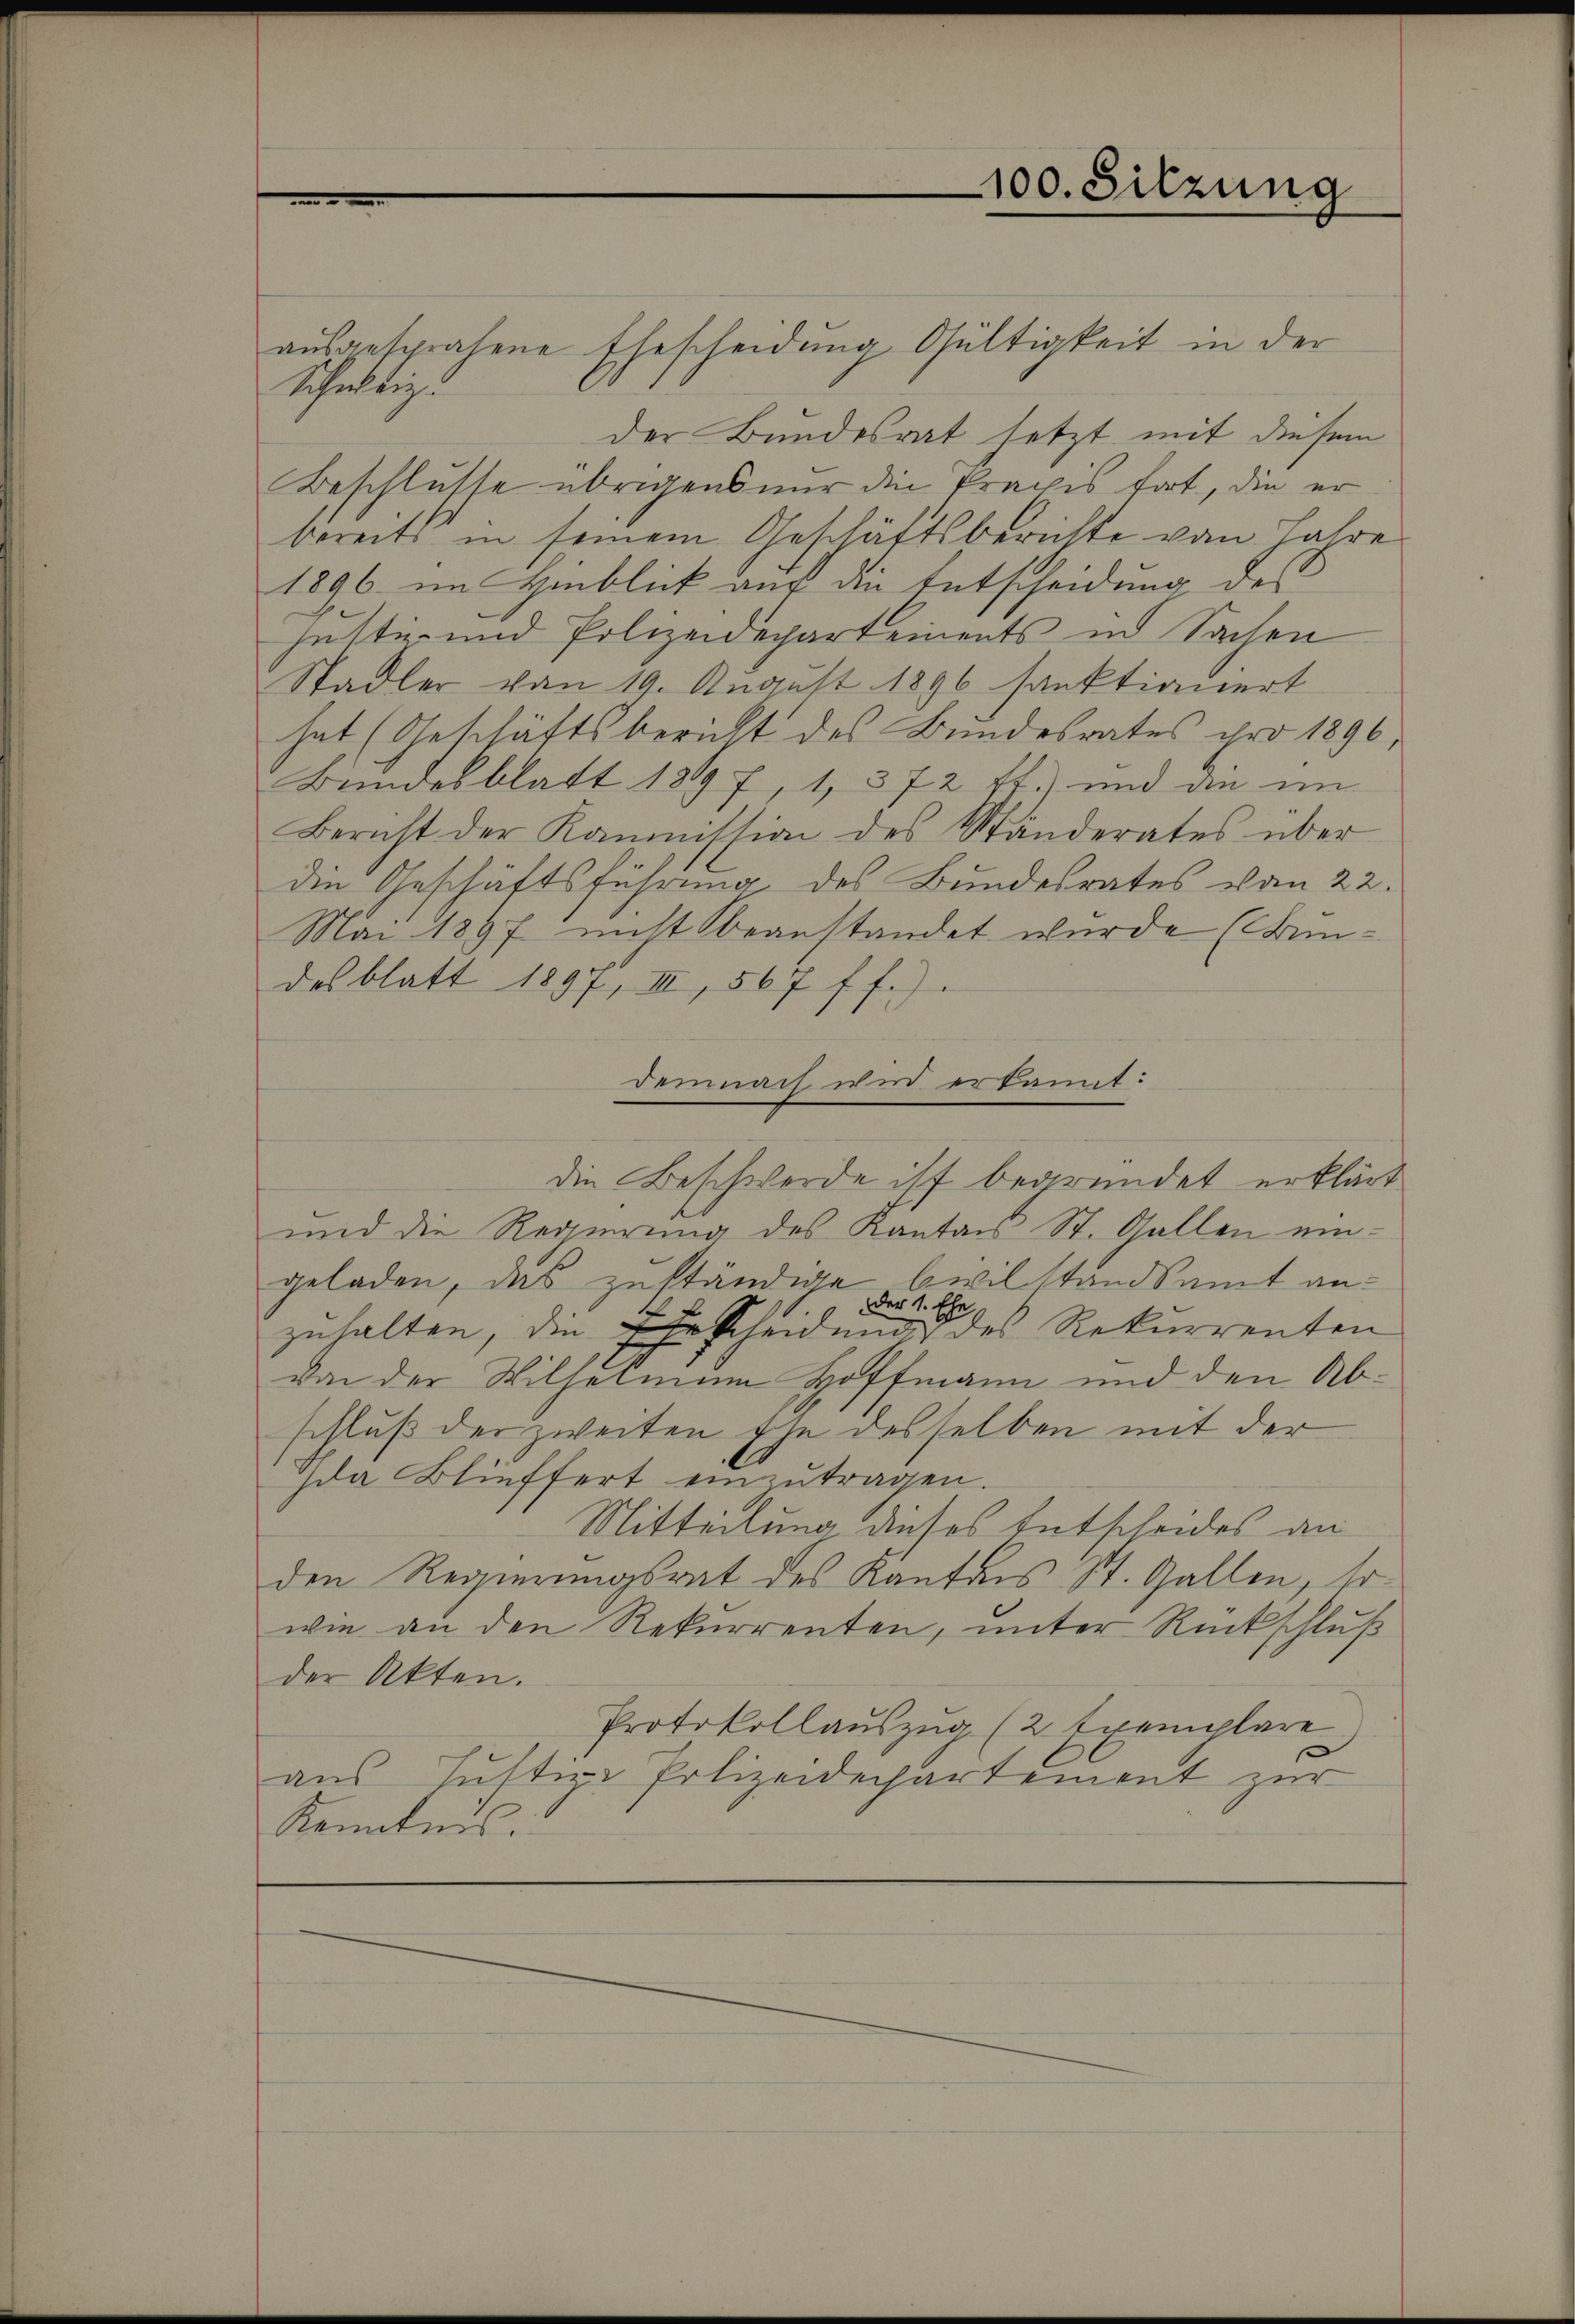
ausgesprochene Ehescheidung Gültigkeit in der
Schuldig.
der Bundesrat setzt mit diesem
Beschlusse übrigens nur die Praxis fort, die er
bereits in seinem Geschäftsberichte von Jahre
1896 im Hinblick auf die Entscheidung des
jutti und Polizeidepartements in Sachen
Stadler von 19. August 1896 sanktioniert
hat (Geschäftsbericht des Bundesrates pro 1896,
Bundesblatt 1897, 1, 372 ff.) und an im
Bericht der Kommission des Ständerates über
die Geschäftsführung des Bundesrates vom 22.
Mai 1897 nicht beanstandet wurde (undesblatt 1897, III, 567 ff.).
demnach wird erkant:
die Beschwerde ist begründet erklärt
und die Regierung des Kantons St. Gallen eingeladen, das zuständige Civilstandsamt an¬
Der 1. Ehe
zuhalten, die Ehrscheidung des Rekurrenten
von der Wilhelmann Hoffmann und den Abschluß der zweiten Ehe desselben mit der
Ida Blüffert einzŭtragen.
Mitteilung dieses Entscheides an
den Regierungsrat des Kantons St. Gallen, so
wie an den Rekurrenten, unter Rückschluß
der Akten.
Protokollauszug (2 Exemplare
aus Justiz-Polizeidechartement zur
Kenntnis.

100. Sitzung